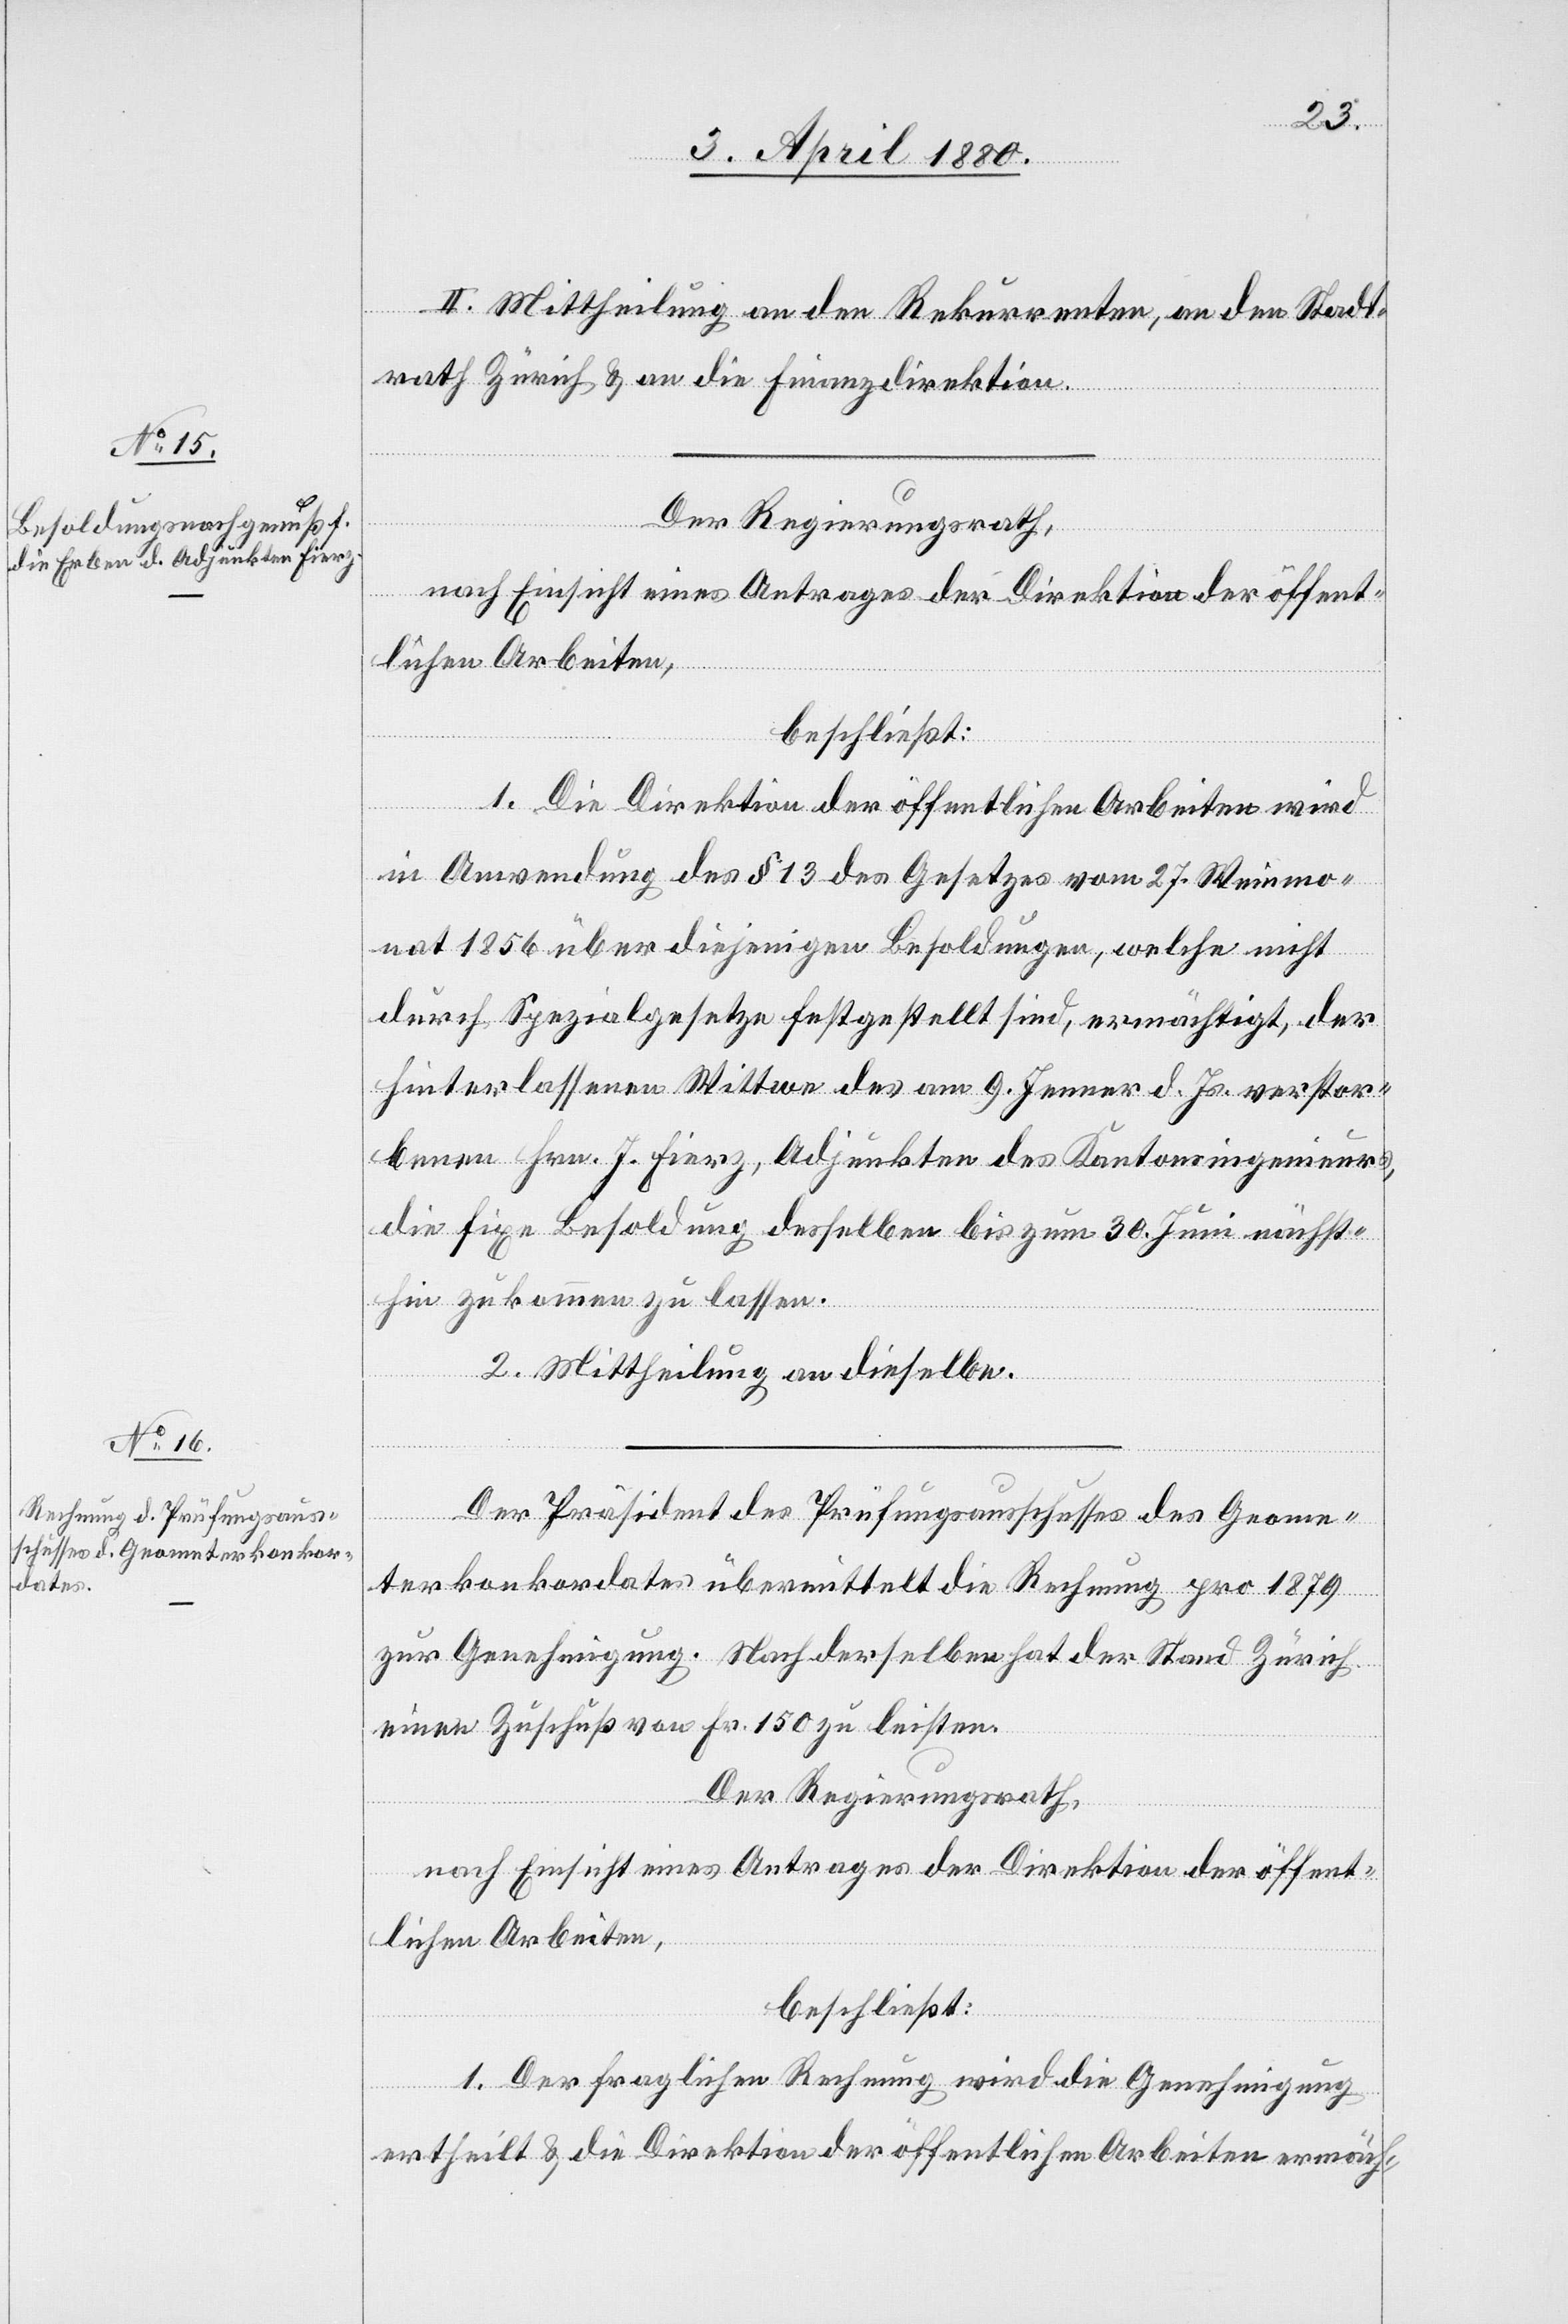
II. Mittheilung an den Rekurrenten, an den Stadt¬
rath Zürich & an die Finanzdirektion.
Der Regierungsrath,
nach Einsicht eines Antrages der Direktion der öffent¬
lichen Arbeiten,
beschließt:
1. Die Direktion der öffentlichen Arbeiten wird
in Anwendungen des § 13 des Gesetzes vom 27. Weinmo¬
nat 1856 über diejenigen Besoldungen, welche nicht
durch Spezialgesetze festgestellt sind, ermächtigt, der
hinterlassenen Wittwe des am 9. Jenner d. Js. verstor¬
benen Hrn. J. Fierz, Adjunkten des Kantonsingenieurs,
die fixe Besoldung desselben bis zum 30. Juni nächst¬
hin zukommen zu lassen.
2. Mittheilung an dieselbe.
Der Präsident des Prüfungsausschusses des Geome¬
terkonkordates übermittelt die Rechnung pro 1879
zur Genehmigung. Nach derselben hat der Stand Zürich
einen Zuschuß von Fr. 150 zu leisten.
Der Regierungsrath,
nach Einsicht eines Antrages der Direktion der öffent¬
lichen Arbeiten,
beschließt:
1. Der fraglichen Rechnung wird die Genehmigung
ertheilt & die Direktion der öffentlichen Arbeiten ermäch-